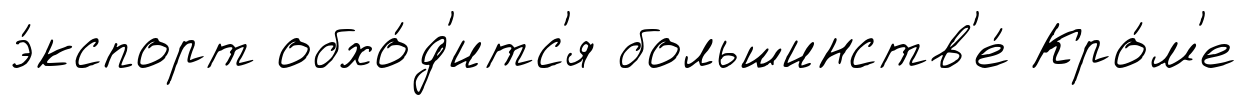
э́кспорт обхо́д'итс'я большинств'е́ Кро́м'е